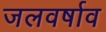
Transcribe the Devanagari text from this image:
जलवर्षाव